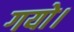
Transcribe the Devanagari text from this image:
गयो।